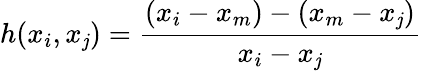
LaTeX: h(x_{i},x_{\mathit{j}})={\frac{{(x_{i}-x_{m})-(x_{m}-x_{\mathit{j}})}}{{x_{i}-x_{\mathit{j}}}}}